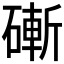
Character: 𥕌